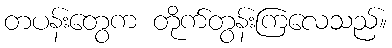
တပန်းတွေက တိုက်တွန်းကြလေသည်။